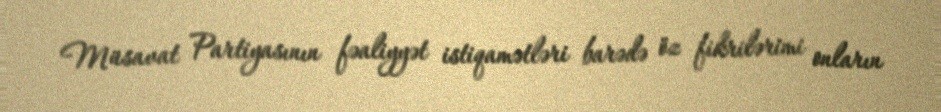
Müsavat Partiyasının fəaliyyət istiqamətləri barədə öz fikrilərimi onların